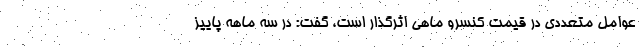
عوامل متعددی در قیمت کنسرو ماهی اثرگذار است، گفت: در سه ماهه پاییز